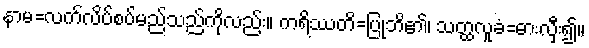
နာမ=လက်လိပ်စပ်မည်သည်ကိုလည်း။ ကရိဿတိ=ပြုဘိ၏၊ သတ္ထလူခံ=ဓားလှီး၍။